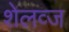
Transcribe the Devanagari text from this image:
शेलव्ज